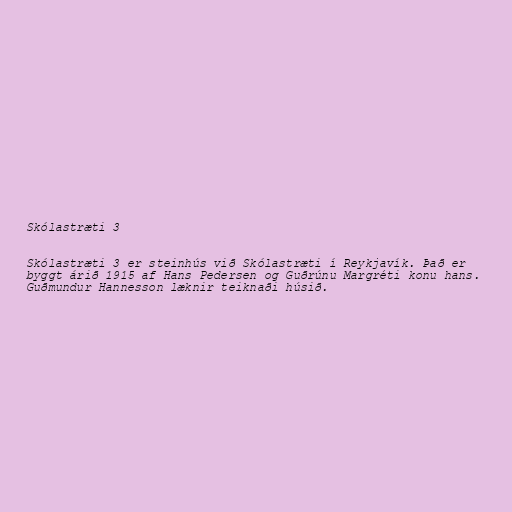
Skólastræti 3

Skólastræti 3 er steinhús við Skólastræti í Reykjavík. Það er
byggt árið 1915 af Hans Pedersen og Guðrúnu Margréti konu hans.
Guðmundur Hannesson læknir teiknaði húsið.